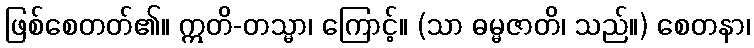
ဖြစ်စေတတ်၏။ ဣတိ-တသ္မာ၊ ကြောင့်။ (သာ ဓမ္မဇာတိ၊ သည်။) စေတနာ၊